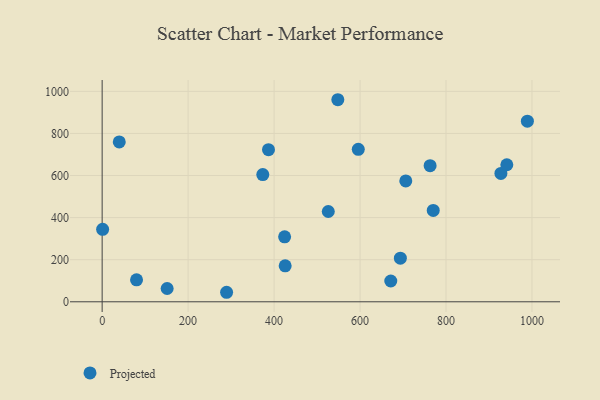
{"axis": {"x": "Speed", "y": "Rating"}, "legend": ["Projected"], "data": [{"x": "289.5", "y": 45.2, "type": "Projected"}, {"x": "770.3", "y": 434.3, "type": "Projected"}, {"x": "671.5", "y": 98.7, "type": "Projected"}, {"x": "425.8", "y": 170.7, "type": "Projected"}, {"x": "39.8", "y": 759.5, "type": "Projected"}, {"x": "548.3", "y": 960.2, "type": "Projected"}, {"x": "1.1", "y": 344.2, "type": "Projected"}, {"x": "373.7", "y": 604.3, "type": "Projected"}, {"x": "80.0", "y": 104.3, "type": "Projected"}, {"x": "526.1", "y": 429.1, "type": "Projected"}, {"x": "387.0", "y": 722.6, "type": "Projected"}, {"x": "927.7", "y": 609.9, "type": "Projected"}, {"x": "424.5", "y": 308.9, "type": "Projected"}, {"x": "151.2", "y": 63.2, "type": "Projected"}, {"x": "989.3", "y": 858.5, "type": "Projected"}, {"x": "595.9", "y": 724.5, "type": "Projected"}, {"x": "693.8", "y": 207.2, "type": "Projected"}, {"x": "706.4", "y": 574.5, "type": "Projected"}, {"x": "763.0", "y": 646.8, "type": "Projected"}, {"x": "941.5", "y": 651.3, "type": "Projected"}]}